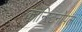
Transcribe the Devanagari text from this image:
काँन्स्टिनोपल